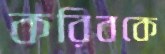
করিবকে